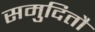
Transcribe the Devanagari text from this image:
समुदितौ